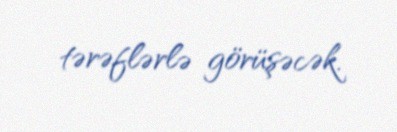
tərəflərlə görüşəcək.